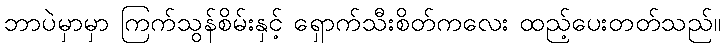
ဘာပဲမှာမှာ ကြက်သွန်စိမ်းနှင့် ရှောက်သီးစိတ်ကလေး ထည့်ပေးတတ်သည်။